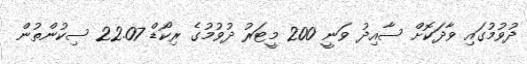
ދުވުމުގައި ވާދަކޮށް ސާއިދު ވަނީ 200 މީޓަރު ދުވުމުގެ ރިކޯޑް 22.07 ސިކުންތުން